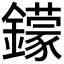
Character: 𨮵